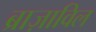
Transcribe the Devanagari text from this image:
ब्राज़ाविल